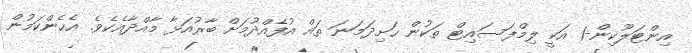
އިންޓަލޫކިން-1 އަކީ ލިމްފަސައިޓް ތަކުން ހަށިދަމަނަ ތައް އުފެއްދުމަށް ބާރުއަޅާ މާއްދާއެކެވެ. އެހެންކަމުން